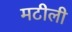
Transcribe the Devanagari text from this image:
मटीली